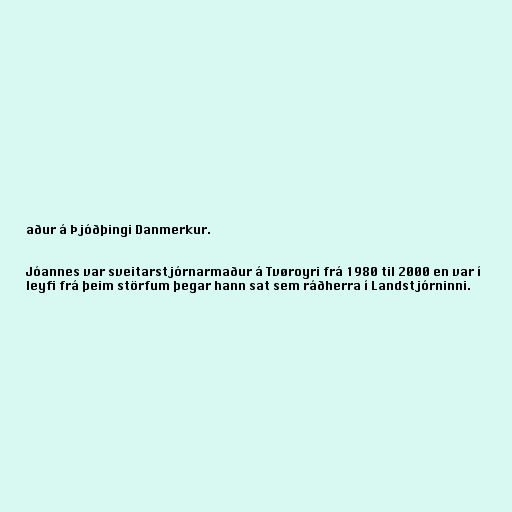
aður á Þjóðþingi Danmerkur.

Jóannes var sveitarstjórnarmaður á Tvøroyri frá 1980 til 2000 en var í
leyfi frá þeim störfum þegar hann sat sem ráðherra í Landstjórninni.